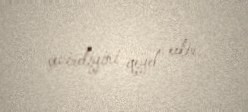
çevirdiyini qeyd edir.